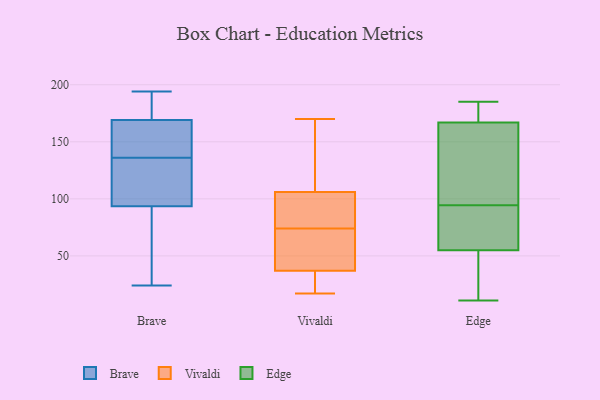
{"axis": {"x": "Tickets Resolved", "y": "Value"}, "legend": ["Brave", "Edge", "Vivaldi"], "data": [{"x": "", "y": 194, "type": "Brave"}, {"x": "", "y": 140, "type": "Brave"}, {"x": "", "y": 132, "type": "Brave"}, {"x": "", "y": 67, "type": "Brave"}, {"x": "", "y": 132, "type": "Brave"}, {"x": "", "y": 189, "type": "Brave"}, {"x": "", "y": 24, "type": "Brave"}, {"x": "", "y": 110, "type": "Brave"}, {"x": "", "y": 157, "type": "Brave"}, {"x": "", "y": 77, "type": "Brave"}, {"x": "", "y": 181, "type": "Brave"}, {"x": "", "y": 141, "type": "Brave"}, {"x": "", "y": 17, "type": "Vivaldi"}, {"x": "", "y": 106, "type": "Vivaldi"}, {"x": "", "y": 87, "type": "Vivaldi"}, {"x": "", "y": 153, "type": "Vivaldi"}, {"x": "", "y": 18, "type": "Vivaldi"}, {"x": "", "y": 127, "type": "Vivaldi"}, {"x": "", "y": 80, "type": "Vivaldi"}, {"x": "", "y": 40, "type": "Vivaldi"}, {"x": "", "y": 82, "type": "Vivaldi"}, {"x": "", "y": 130, "type": "Vivaldi"}, {"x": "", "y": 42, "type": "Vivaldi"}, {"x": "", "y": 68, "type": "Vivaldi"}, {"x": "", "y": 33, "type": "Vivaldi"}, {"x": "", "y": 76, "type": "Vivaldi"}, {"x": "", "y": 72, "type": "Vivaldi"}, {"x": "", "y": 170, "type": "Vivaldi"}, {"x": "", "y": 37, "type": "Vivaldi"}, {"x": "", "y": 24, "type": "Vivaldi"}, {"x": "", "y": 57, "type": "Edge"}, {"x": "", "y": 80, "type": "Edge"}, {"x": "", "y": 125, "type": "Edge"}, {"x": "", "y": 44, "type": "Edge"}, {"x": "", "y": 143, "type": "Edge"}, {"x": "", "y": 80, "type": "Edge"}, {"x": "", "y": 182, "type": "Edge"}, {"x": "", "y": 165, "type": "Edge"}, {"x": "", "y": 11, "type": "Edge"}, {"x": "", "y": 50, "type": "Edge"}, {"x": "", "y": 56, "type": "Edge"}, {"x": "", "y": 169, "type": "Edge"}, {"x": "", "y": 109, "type": "Edge"}, {"x": "", "y": 177, "type": "Edge"}, {"x": "", "y": 170, "type": "Edge"}, {"x": "", "y": 185, "type": "Edge"}, {"x": "", "y": 54, "type": "Edge"}, {"x": "", "y": 72, "type": "Edge"}, {"x": "", "y": 44, "type": "Edge"}, {"x": "", "y": 112, "type": "Edge"}]}